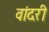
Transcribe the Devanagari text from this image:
वांदरी